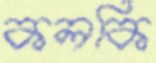
কলকি